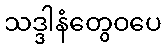
သဒ္ဒါနံတွေဝပေ